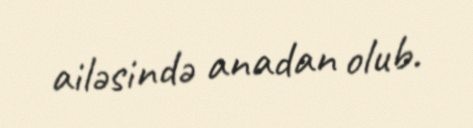
ailəsində anadan olub.